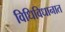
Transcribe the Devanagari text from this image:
विधिविधानात